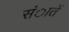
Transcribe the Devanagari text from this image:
संातें